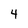
Character: 4